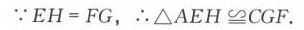
$\because EH = FG,\therefore\triangle AEH\cong\triangle CGF.$